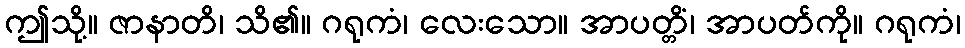
ဤသို့။ ဇာနာတိ၊ သိ၏။ ဂရုကံ၊ လေးသော။ အာပတ္တိံ၊ အာပတ်ကို။ ဂရုကံ၊